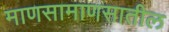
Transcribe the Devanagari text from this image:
माणसामाणसातील